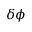
\delta \phi